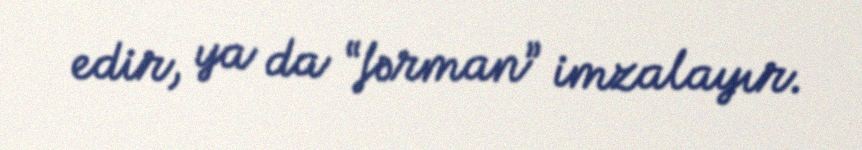
edir, ya da “fərman” imzalayır.